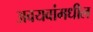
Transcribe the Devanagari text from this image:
अवयवांमधील